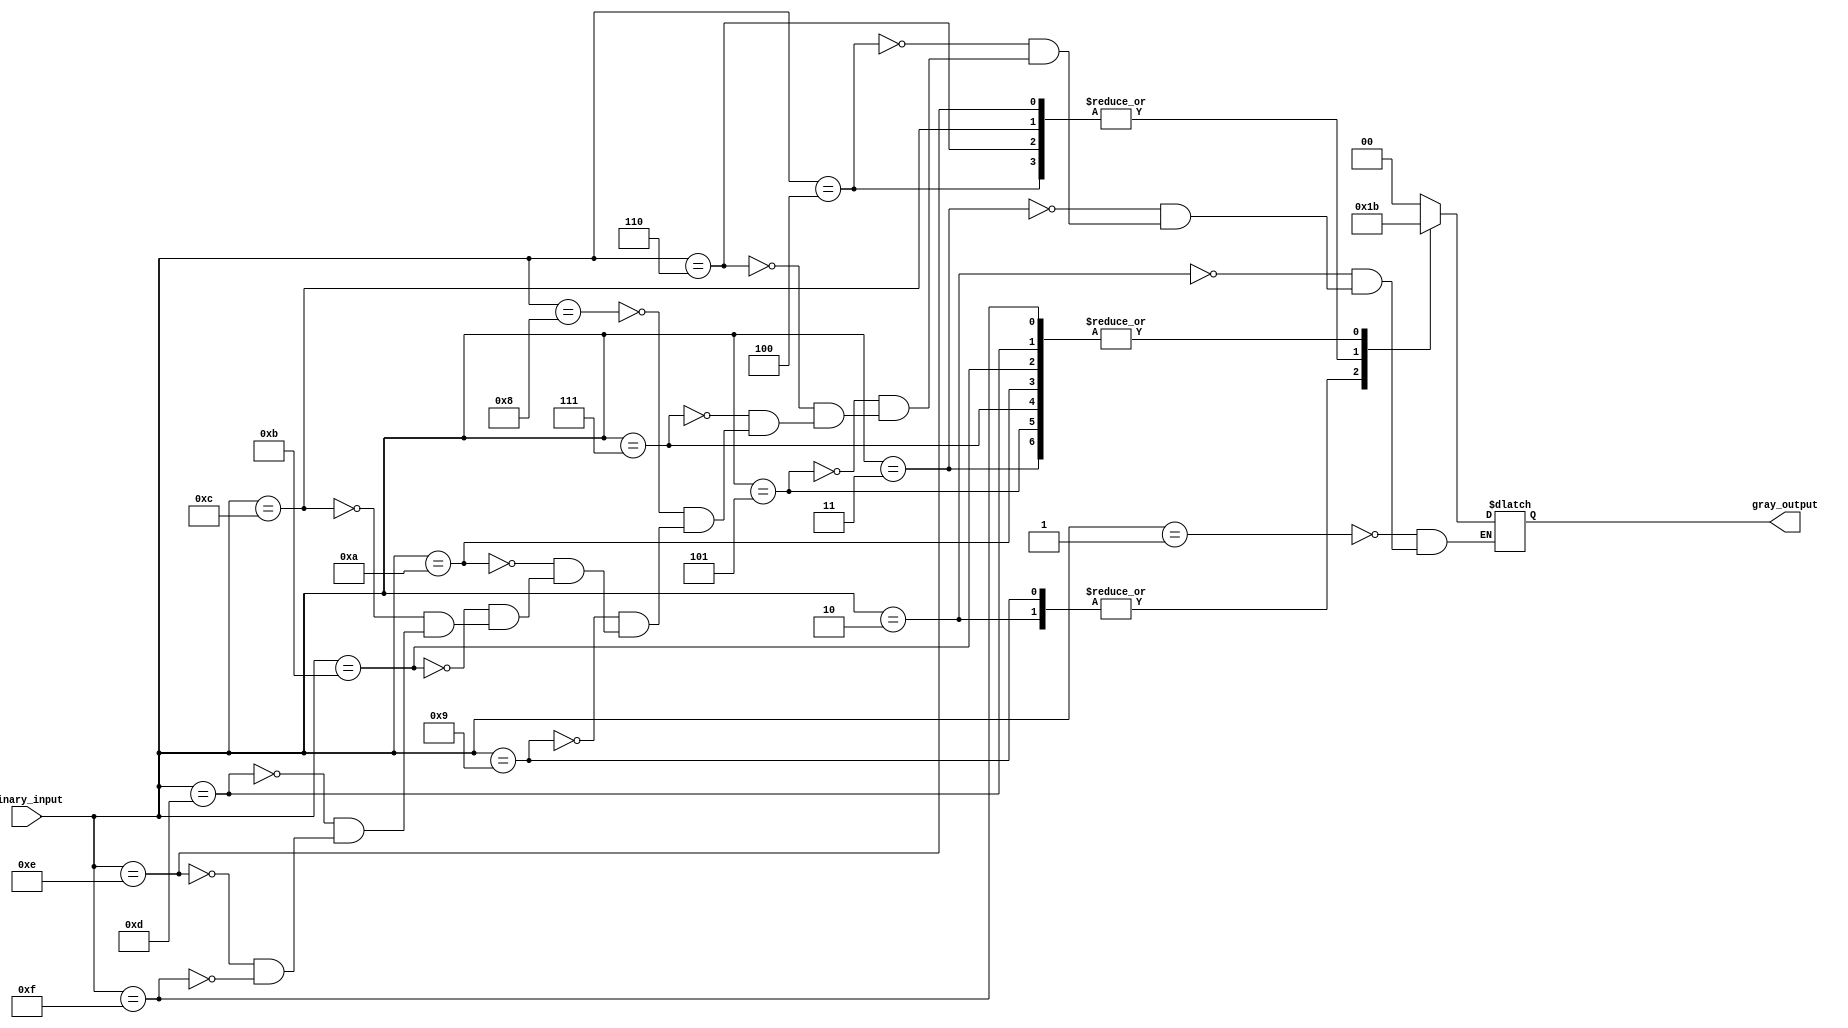
module gray_encoder(
    input [3:0] binary_input,
    output [1:0] gray_output
);

always @(*)
begin
    case(binary_input)
        4'b0001: gray_output = 2'b00;
        4'b0010: gray_output = 2'b01;
        4'b0011: gray_output = 2'b11;
        4'b0100: gray_output = 2'b10;
        4'b0101: gray_output = 2'b11;
        4'b0110: gray_output = 2'b10;
        4'b0111: gray_output = 2'b11;
        4'b1000: gray_output = 2'b00;
        4'b1001: gray_output = 2'b01;
        4'b1010: gray_output = 2'b11;
        4'b1011: gray_output = 2'b11;
        4'b1100: gray_output = 2'b10;
        4'b1101: gray_output = 2'b11;
        4'b1110: gray_output = 2'b10;
        4'b1111: gray_output = 2'b11;
    endcase
end

endmodule